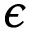
\epsilon